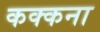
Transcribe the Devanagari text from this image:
कक्कना